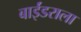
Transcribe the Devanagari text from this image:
बाईंडराला